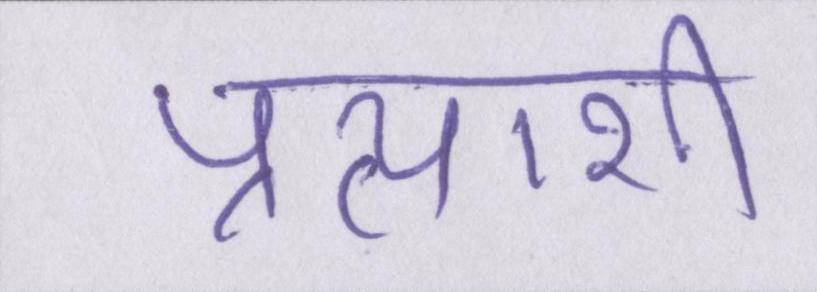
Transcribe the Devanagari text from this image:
प्रत्याशी